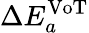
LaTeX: \Delta E_{a}^{\mathrm{VoT}}